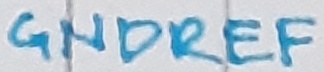
Text: GNDREF